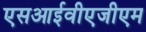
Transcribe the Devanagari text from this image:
एसआईवीएजीएम